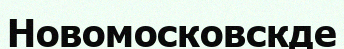
Новомосковскде